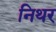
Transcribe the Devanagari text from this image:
निथर